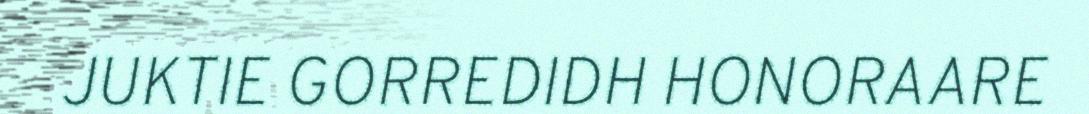
JUKTIE GORREDIDH HONORAARE